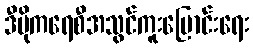
ဒီမိုကရေစီအသွင်ကူးပြောင်းရေး